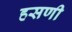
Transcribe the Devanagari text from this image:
हसणी